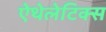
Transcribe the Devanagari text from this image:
ऐथेलेटिक्स